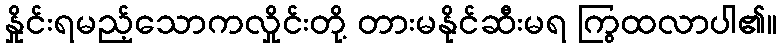
နှိုင်းရမည့်သောကလှိုင်းတို့ တားမနိုင်ဆီးမရ ကြွထလာပါ၏။